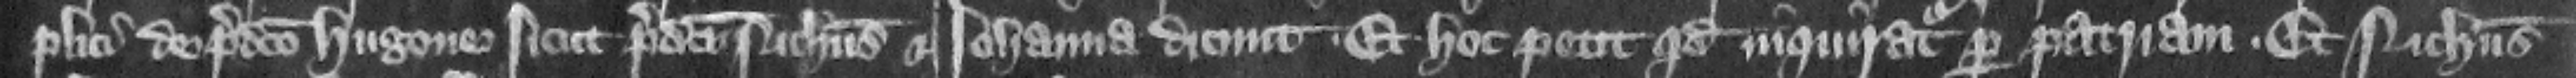
plici de predicto Hugone sicut predicti Nicholaus et Iohanna dicunt. Et hoc petit quod inquiratur per patriam. Et Nicholaus